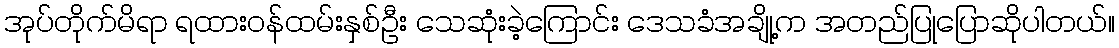
အုပ်တိုက်မိရာ ရထားဝန်ထမ်းနှစ်ဦး သေဆုံးခဲ့ကြောင်း ဒေသခံအချို့က အတည်ပြုပြောဆိုပါတယ်။